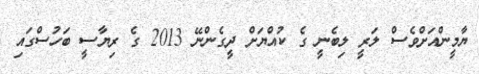
ޔާމީންއަށްވެސް ލަރީ ލިބެނީ ގެ ކުއްޔަށް ދީގެންނޭ 2013 ގެ ރިޔާސީ ބަހުސްގައި